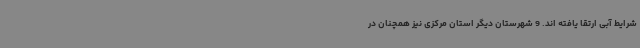
شرایط آبی ارتقا یافته اند. 9 شهرستان دیگر استان مرکزی نیز همچنان در